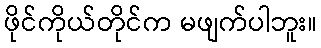
ဖိုင်ကိုယ်တိုင်က မဖျက်ပါဘူး။